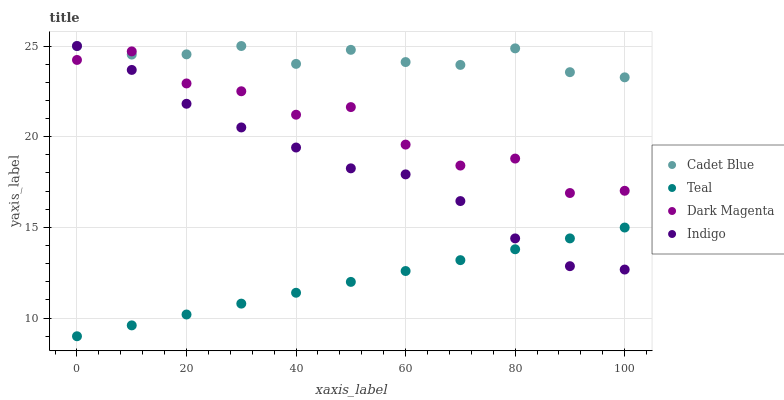
| xaxis_label | Cadet Blue | Teal | Dark Magenta | Indigo |
 | --- | --- | --- | --- | --- |
 | 0 | 25 | 9 | 24.2 | 25 |
 | 10 | 24.5 | 9.6 | 24.7 | 23.7 |
 | 20 | 24.5 | 10.2 | 22.9 | 21.8 |
 | 30 | 25 | 10.8 | 22.5 | 20.5 |
 | 40 | 24 | 11.4 | 21.2 | 19.4 |
 | 50 | 24.8 | 12 | 21.6 | 18.3 |
 | 60 | 24.1 | 12.6 | 19.6 | 17.9 |
 | 70 | 24 | 13.2 | 18.4 | 16.5 |
 | 80 | 24.9 | 13.8 | 18.8 | 14.4 |
 | 90 | 23.6 | 14.4 | 16.9 | 12.9 |
 | 100 | 23.3 | 15 | 17 | 12.7 |